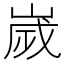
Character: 嵗